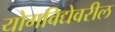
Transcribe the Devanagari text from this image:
योगविद्येवरील